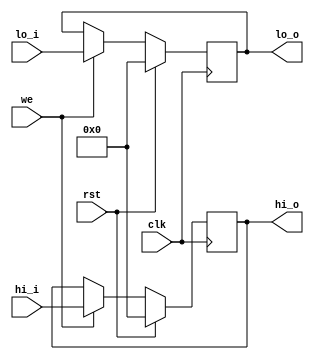
module reg_hilo (
    output reg [31:0] hi_o,
    output reg [31:0] lo_o,
    input             we  ,
    input      [31:0] hi_i,
    input      [31:0] lo_i,
    input             clk ,
    input             rst
);

    always @(posedge clk) begin
        if (rst) begin
            hi_o <= 0;
            lo_o <= 0;
        end else if (we) begin
            hi_o <= hi_i;
            lo_o <= lo_i;
        end
    end

endmodule // reg_hilo